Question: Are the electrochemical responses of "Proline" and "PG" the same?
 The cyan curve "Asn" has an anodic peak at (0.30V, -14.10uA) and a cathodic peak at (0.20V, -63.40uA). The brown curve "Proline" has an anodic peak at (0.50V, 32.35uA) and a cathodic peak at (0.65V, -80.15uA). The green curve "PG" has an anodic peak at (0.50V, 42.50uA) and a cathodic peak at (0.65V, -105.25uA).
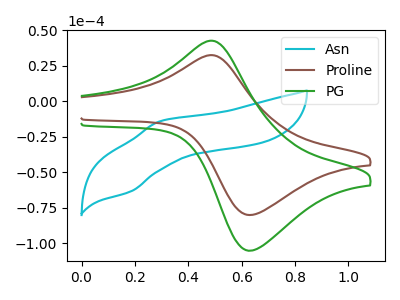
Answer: <think>All the peaks in "Proline" have a peak in "PG" at the same potential. Every peak in "Proline" is lower than every peak in "PG".
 </think>
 <answer>"Proline" and "PG" are similar in shape.</answer>
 <eval>same_shape</eval>